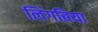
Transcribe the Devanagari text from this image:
लिंगबिया